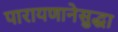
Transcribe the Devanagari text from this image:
पारायणानेसुद्धा